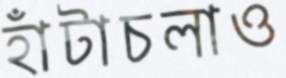
হাঁটাচলাও